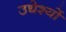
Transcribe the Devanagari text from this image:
उद्येश्यों